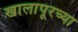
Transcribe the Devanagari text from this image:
खालापूरच्या